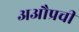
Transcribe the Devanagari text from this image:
अऔप्रची